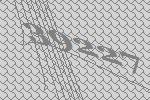
39227